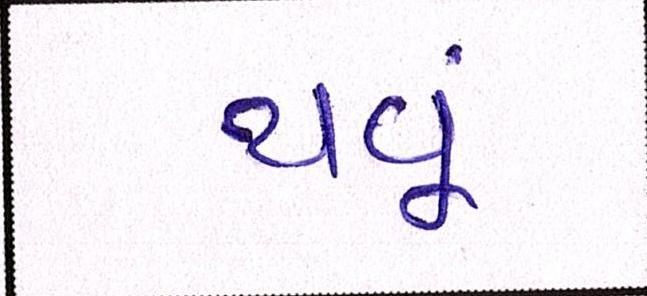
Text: થવૂં